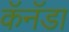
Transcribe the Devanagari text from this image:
कॅनॅडा